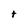
Character: t